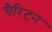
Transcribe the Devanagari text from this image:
चैरिटन